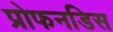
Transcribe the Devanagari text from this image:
प्रोफनडिस